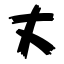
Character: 丈